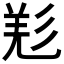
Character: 𢒘